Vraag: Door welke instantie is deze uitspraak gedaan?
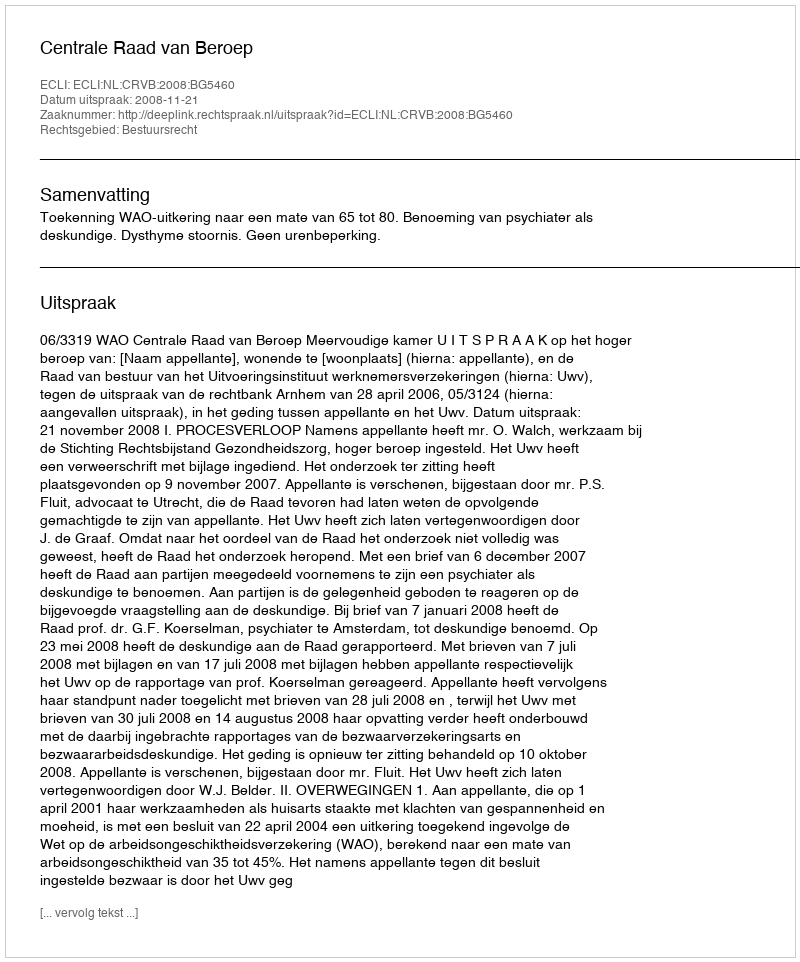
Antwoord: Centrale Raad van Beroep